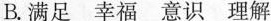
B. 满足 幸福 意识 理解